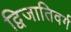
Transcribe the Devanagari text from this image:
द्विजातिवर्ग